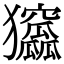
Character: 𤣛